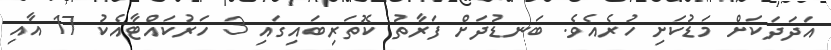
އަދަދަކަށް މަޑުކަށި ހުރެއެވެ. ބަނޑުދަށް ފަރާތު ކޮތަރިބައިގައި 3 ހަރުކައްޓާއެކު 17 އާއި